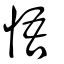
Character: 悟